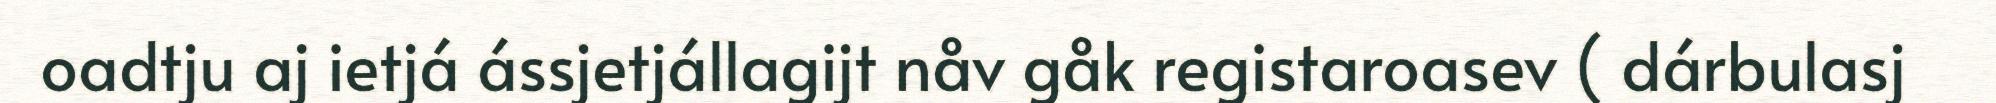
oadtju aj ietjá ássjetjállagijt nåv gåk registaroasev ( dárbulasj